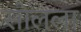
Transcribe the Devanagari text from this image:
सोलला